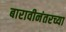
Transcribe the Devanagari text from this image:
बारावीनंतरच्या